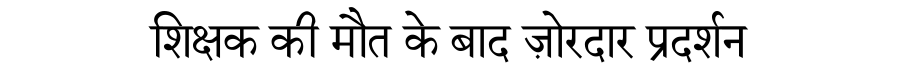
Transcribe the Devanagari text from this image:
शिक्षक की मौत के बाद ज़ोरदार प्रदर्शन